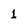
Character: 1